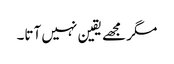
مگر مجھے یقین نہیں آتا۔